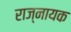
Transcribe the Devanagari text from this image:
राज्नायक